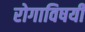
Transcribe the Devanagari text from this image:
रोगाविषयी